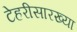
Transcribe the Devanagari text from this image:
टेहरीसारख्या